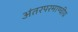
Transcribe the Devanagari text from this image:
अंतरपरमाण्वीय